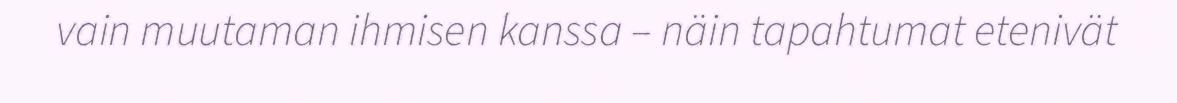
vain muutaman ihmisen kanssa – näin tapahtumat etenivät